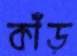
কাঁড়